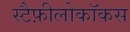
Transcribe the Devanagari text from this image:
स्टैफ़ीलोकॉकस